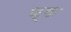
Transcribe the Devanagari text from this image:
ण्क